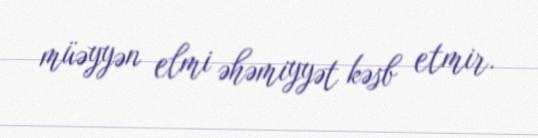
müəyyən elmi əhəmiyyət kəsb etmir.